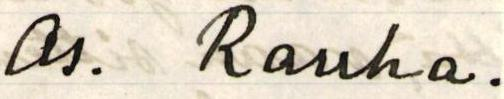
os. Rauha.